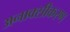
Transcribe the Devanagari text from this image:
अनाक्सीकरण